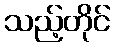
သည့်တိုင်